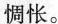
惆怅。